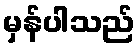
မှန်ပါသည်